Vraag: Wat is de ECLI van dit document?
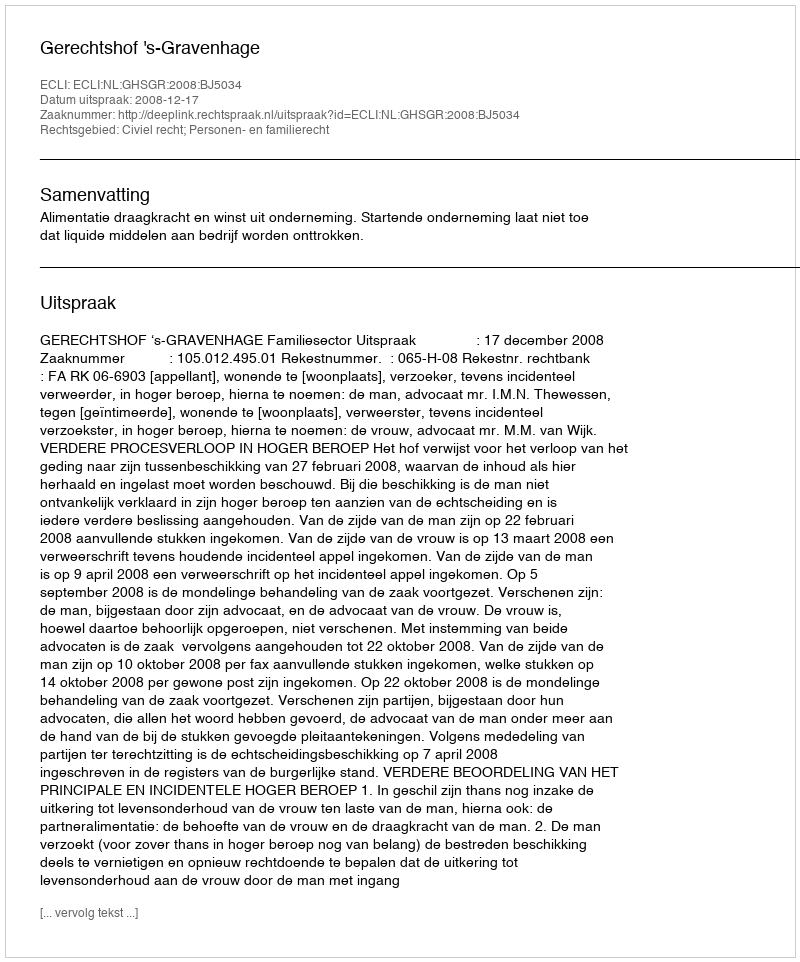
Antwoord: ECLI:NL:GHSGR:2008:BJ5034